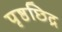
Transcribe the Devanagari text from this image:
पृष्ठछिद्र